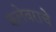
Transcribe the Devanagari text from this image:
कलेवराचे